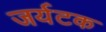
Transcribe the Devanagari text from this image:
जर्यटक